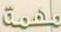
مهمة